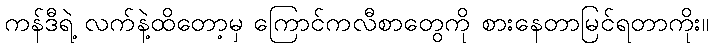
ကန်ဒီရဲ့ လက်နဲ့ထိတော့မှ ကြောင်ကလီစာတွေကို စားနေတာမြင်ရတာကိုး။